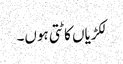
لکڑیاں کاٹتی ہوں۔